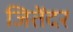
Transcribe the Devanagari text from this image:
जितेंदर